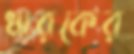
ধারকের